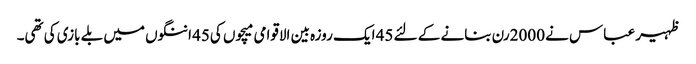
ظہیر عباس نے 2000رن بنانے کے لئے 45 ایک روزہ بین الاقوامی میچوں کی45 اننگوں میں بلے بازی کی تھی۔